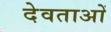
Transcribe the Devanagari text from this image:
देवताअाें